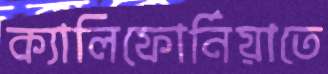
ক্যালিফোর্নিয়াতে